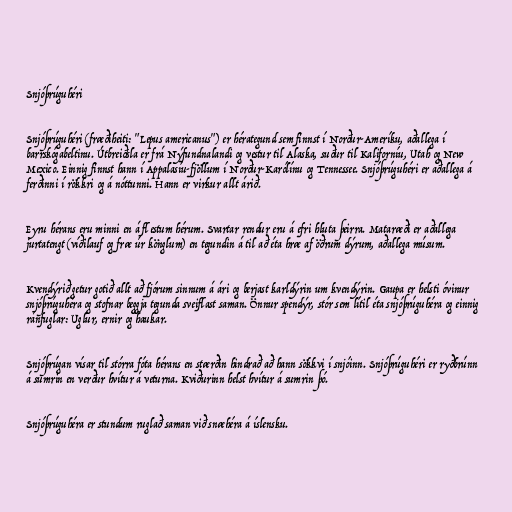
Snjóþrúguhéri

Snjóþrúguhéri (fræðiheiti: "Lepus americanus") er hérategund sem finnst í Norður-Ameríku, aðallega í
barrskógabeltinu. Útbreiðsla er frá Nýfundnalandi og vestur til Alaska, suður til Kaliforníu, Utah og New
Mexico. Einnig finnst hann í Appalasíu-fjöllum í Norður-Karólínu og Tennessee. Snjóþrúguhéri er aðallega á
ferðinni í rökkri og á nóttunni. Hann er virkur allt árið.

Eyru hérans eru minni en á flestum hérum. Svartar rendur eru á efri hluta þeirra. Mataræði er aðallega
jurtatengt (víðilauf og fræ úr könglum) en tegundin á til að éta hræ af öðrum dýrum, aðallega músum.

Kvendýrið getur gotið allt að fjórum sinnum á ári og berjast karldýrin um kvendýrin. Gaupa er helsti óvinur
snjóþrúguhéra og stofnar beggja tegunda sveiflast saman. Önnur spendýr, stór sem lítil éta snjóþrúguhéra og einnig
ránfuglar: Uglur, ernir og haukar.

Snjóþrúgan vísar til stórra fóta hérans en stærðin hindrað að hann sökkvi í snjóinn. Snjóþrúguhéri er ryðbrúnn
á sumrin en verður hvítur á veturna. Kviðurinn helst hvítur á sumrin þó.

Snjóþrúguhéra er stundum ruglað saman við snæhéra á íslensku.